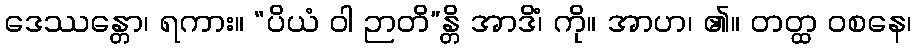
ဒေဿန္တော၊ ရကား။ “ပိယံ ဝါ ဉာတိ”န္တိ အာဒိံ၊ ကို။ အာဟ၊ ၏။ တတ္ထ ဝစနေ၊